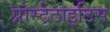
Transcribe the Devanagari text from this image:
प्रोस्टेटाइटिस